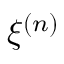
\xi ^ { ( n ) }